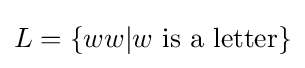
L=\{ww|w{\mbox{ is a letter}}\}